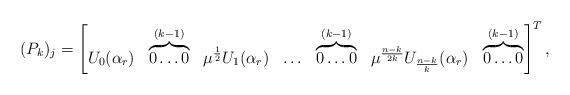
LaTeX: \begin{align*}(P_k)_j=\begin{bmatrix}U_0(\alpha_r) & \overbrace{0 \ldots 0}^{(k-1)} & \mu^{\frac{1}{2}}U_1(\alpha_r) & \ldots & \overbrace{0 \ldots 0}^{(k-1)} & \mu^{\frac{n-k}{2k}} U_{\frac{n-k}{k}}(\alpha_r) & \overbrace{0 \ldots 0}^{(k-1)}\end{bmatrix}^T, \end{align*}